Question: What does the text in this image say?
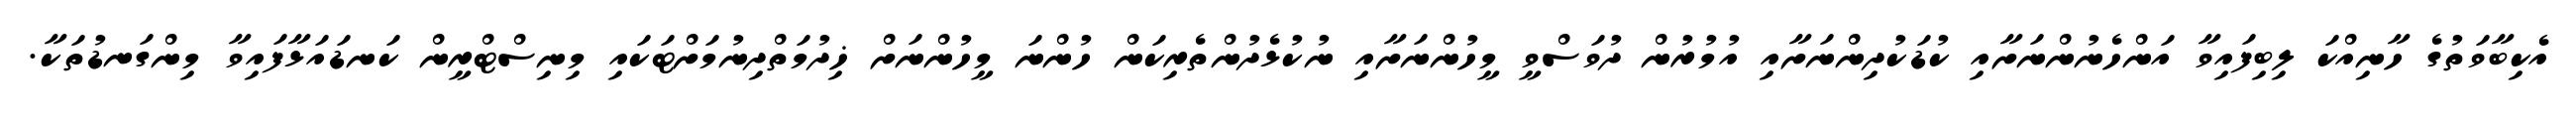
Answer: އެކިބާވަތުގެ ހާނިއްކަ ލިބިފައިވާ އަންހެނުންނަށާއި ކުޑަކުދިންނަށާއި އުމުރުން ދުވަސްވީ މީހުންނަށާއި ނުކުޅެދުންތެރިކަން ހުންނަ މީހުންނަށް ޚިދުމަތްދިނުމަށްޓަކައި މިނިސްޓްރީން ކަނޑައަޅާފައިވާ މިންގަނޑުތަކާ.